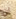
ان